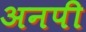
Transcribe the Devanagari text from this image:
अनपी